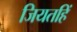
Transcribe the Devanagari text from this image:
जियतहिं